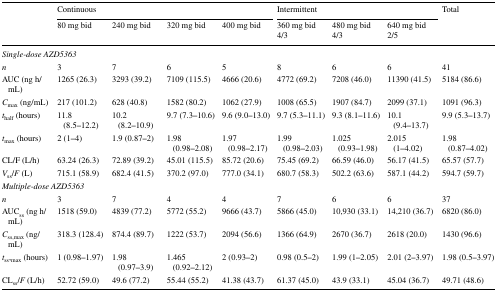
<table><thead><tr><td rowspan="2"></td><td colspan="4"><b>Continuous</b></td><td colspan="3"><b>Intermittent</b></td><td rowspan="2"><b>Total</b></td></tr><tr><td><b>80 mg bid</b></td><td><b>240 mg bid</b></td><td><b>320 mg bid</b></td><td><b>400 mg bid</b></td><td><b>360 mg bid 4/3</b></td><td><b>480 mg bid 4/3</b></td><td><b>640 mg bid 2/5</b></td></tr></thead><tbody><tr><td colspan="9"><i>Single-dose AZD5363</i></td></tr><tr><td><i>n</i></td><td>3</td><td>7</td><td>6</td><td>5</td><td>8</td><td>6</td><td>6</td><td>41</td></tr><tr><td>AUC (ng h/mL)</td><td>1265 (26.3)</td><td>3293 (39.2)</td><td>7109 (115.5)</td><td>4666 (20.6)</td><td>4772 (69.2)</td><td>7208 (46.0)</td><td>11390 (41.5)</td><td>5184 (86.6)</td></tr><tr><td><i>C</i><sub>max</sub> (ng/mL)</td><td>217 (101.2)</td><td>628 (40.8)</td><td>1582 (80.2)</td><td>1062 (27.9)</td><td>1008 (65.5)</td><td>1907 (84.7)</td><td>2099 (37.1)</td><td>1091 (96.3)</td></tr><tr><td><i>t</i><sub>half</sub> (hours)</td><td>11.8 (8.5‒12.2)</td><td>10.2 (8.2‒10.9)</td><td>9.7 (7.3‒10.6)</td><td>9.6 (9.0‒13.0)</td><td>9.7 (5.3‒11.1)</td><td>9.3 (8.1‒11.6)</td><td>10.1 (9.4‒13.7)</td><td>9.9 (5.3‒13.7)</td></tr><tr><td><i>t</i><sub>max</sub> (hours)</td><td>2 (1‒4)</td><td>1.9 (0.87‒2)</td><td>1.98 (0.98‒2.08)</td><td>1.97 (0.98‒2.17)</td><td>1.99 (0.98‒2.03)</td><td>1.025 (0.93‒1.98)</td><td>2.015 (1‒4.02)</td><td>1.98 (0.87‒4.02)</td></tr><tr><td>CL/F (L/h)</td><td>63.24 (26.3)</td><td>72.89 (39.2)</td><td>45.01 (115.5)</td><td>85.72 (20.6)</td><td>75.45 (69.2)</td><td>66.59 (46.0)</td><td>56.17 (41.5)</td><td>65.57 (57.7)</td></tr><tr><td><i>V</i><sub>ss</sub>/<i>F</i> (L)</td><td>715.1 (58.9)</td><td>682.4 (41.5)</td><td>370.2 (97.0)</td><td>777.0 (34.1)</td><td>680.7 (58.3)</td><td>502.2 (63.6)</td><td>587.1 (44.2)</td><td>594.7 (59.7)</td></tr><tr><td colspan="9"><i>Multiple-dose AZD5363</i></td></tr><tr><td><i>n</i></td><td>3</td><td>7</td><td>4</td><td>4</td><td>7</td><td>6</td><td>6</td><td>37</td></tr><tr><td>AUC<sub>ss</sub> (ng h/mL)</td><td>1518 (59.0)</td><td>4839 (77.2)</td><td>5772 (55.2)</td><td>9666 (43.7)</td><td>5866 (45.0)</td><td>10,930 (33.1)</td><td>14,210 (36.7)</td><td>6820 (86.0)</td></tr><tr><td><i>C</i><sub>ss,max</sub> (ng/mL)</td><td>318.3 (128.4)</td><td>874.4 (89.7)</td><td>1222 (53.7)</td><td>2094 (56.6)</td><td>1366 (64.9)</td><td>2670 (36.7)</td><td>2618 (20.0)</td><td>1430 (96.6)</td></tr><tr><td><i>t</i><sub>ss</sub>,<sub>max</sub> (hours)</td><td>1 (0.98‒1.97)</td><td>1.98 (0.97‒3.9)</td><td>1.465 (0.92‒2.12)</td><td>2 (0.93‒2)</td><td>0.98 (0.5‒2)</td><td>1.99 (1‒2.05)</td><td>2.01 (2‒3.97)</td><td>1.98 (0.5‒3.97)</td></tr><tr><td>CL<sub>ss</sub>/<i>F</i> (L/h)</td><td>52.72 (59.0)</td><td>49.6 (77.2)</td><td>55.44 (55.2)</td><td>41.38 (43.7)</td><td>61.37 (45.0)</td><td>43.9 (33.1)</td><td>45.04 (36.7)</td><td>49.71 (48.6)</td></tr></tbody></table>